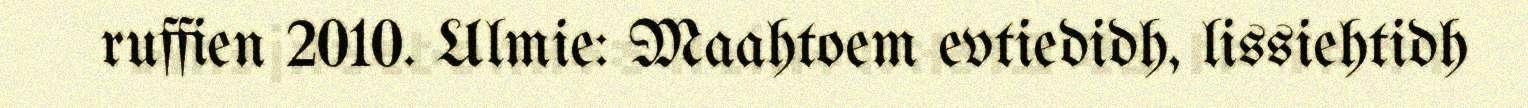
ruffien 2010. Ulmie: Maahtoem evtiedidh, lissiehtidh